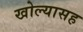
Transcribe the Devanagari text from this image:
खोल्यासह